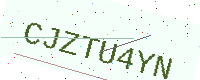
Text: CJZTU4YN